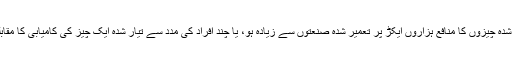
کیا عقل اس بات کو تسلیم کرتی ہے کہ چند سو مربع فٹ جگہ پر تیار شدہ چیزوں کا منافع ہزاروں ایکڑ پر تعمیر شدہ صنعتوں سے زیادہ ہو، یا چند افراد کی مدد سے تیار شدہ ایک چیز کی کامیابی کا مقابلہ لاکھوں کی تعداد میں افرادی قوت والی فیکٹریاں نہیں کرسکتی ہوں۔